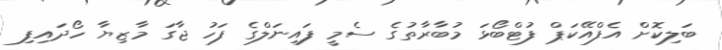
ބަލިކޮށް އެފްއޭކަޕް ފުޓްބޯޅަ މުބާރާތުގެ ސެމީ ފައިނަލްގެ ފަހު ޖާގަ މާޒިޔާ ހޯދައިފި